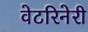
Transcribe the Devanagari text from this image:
वेटरिनेरी